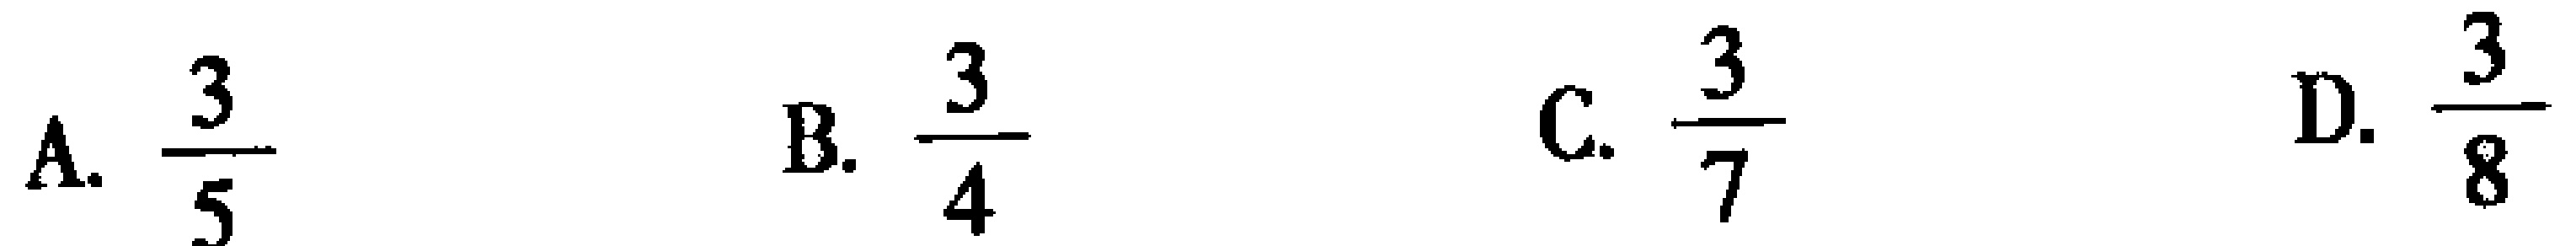
A. $\frac{3}{5}$  B. $\frac{3}{4}$  C. $\frac{3}{7}$  D. $\frac{3}{8}$